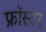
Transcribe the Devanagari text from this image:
फ्रॉस्टर